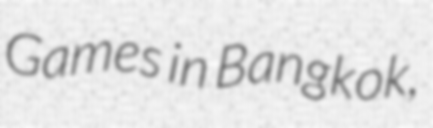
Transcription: Games in Bangkok,